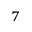
^ { 7 }